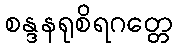
စန္ဒနရုစိရဂတ္တေ